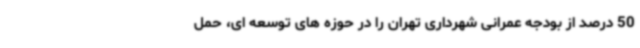
50 درصد از بودجه عمرانی شهرداری تهران را در حوزه های توسعه ای، حمل